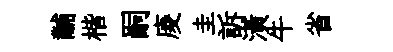
黼楷嗣庱圭訴潢牛省